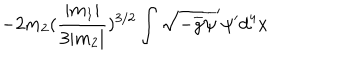
LaTeX: - 2 m _ { 2 } ( \frac { | m _ { 1 } | } { 3 | m _ { 2 } | } ) ^ { 3 / 2 } \int \sqrt { - \overline { { { g } } } } \overline { { { \psi } } } ^ { \prime } \psi ^ { \prime } d ^ { 4 } x